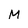
Character: M